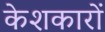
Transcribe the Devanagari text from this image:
केशकारों